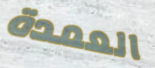
العمدة